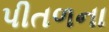
પીતળના